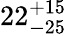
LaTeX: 22_{-25}^{+15}